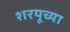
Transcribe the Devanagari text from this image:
शरयूच्या